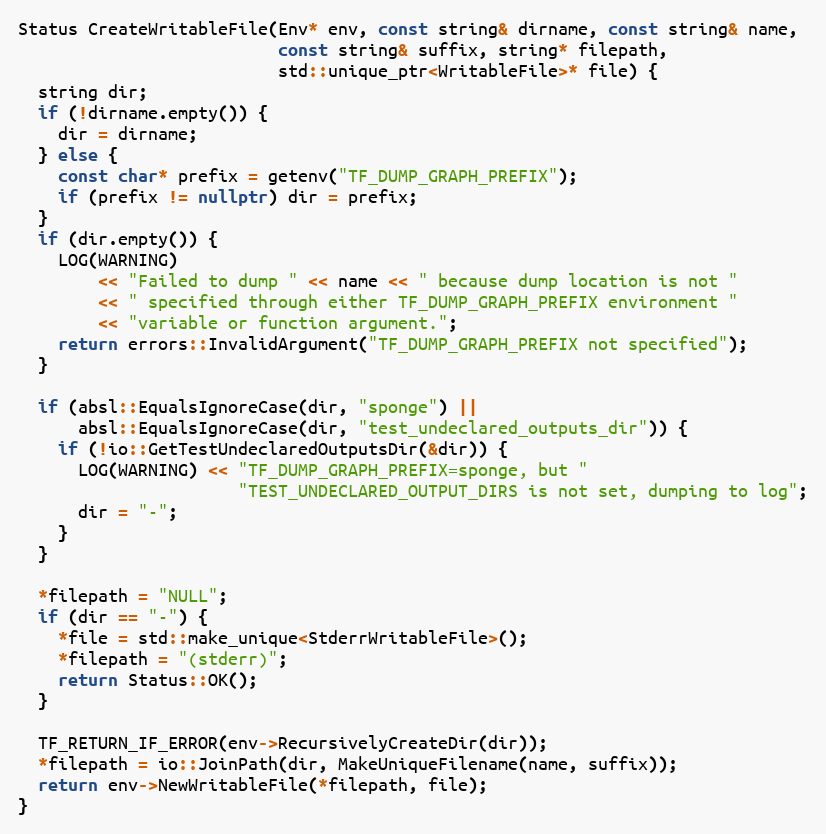
Language: C++
Status CreateWritableFile(Env* env, const string& dirname, const string& name,
                          const string& suffix, string* filepath,
                          std::unique_ptr<WritableFile>* file) {
  string dir;
  if (!dirname.empty()) {
    dir = dirname;
  } else {
    const char* prefix = getenv("TF_DUMP_GRAPH_PREFIX");
    if (prefix != nullptr) dir = prefix;
  }
  if (dir.empty()) {
    LOG(WARNING)
        << "Failed to dump " << name << " because dump location is not "
        << " specified through either TF_DUMP_GRAPH_PREFIX environment "
        << "variable or function argument.";
    return errors::InvalidArgument("TF_DUMP_GRAPH_PREFIX not specified");
  }

  if (absl::EqualsIgnoreCase(dir, "sponge") ||
      absl::EqualsIgnoreCase(dir, "test_undeclared_outputs_dir")) {
    if (!io::GetTestUndeclaredOutputsDir(&dir)) {
      LOG(WARNING) << "TF_DUMP_GRAPH_PREFIX=sponge, but "
                      "TEST_UNDECLARED_OUTPUT_DIRS is not set, dumping to log";
      dir = "-";
    }
  }

  *filepath = "NULL";
  if (dir == "-") {
    *file = std::make_unique<StderrWritableFile>();
    *filepath = "(stderr)";
    return Status::OK();
  }

  TF_RETURN_IF_ERROR(env->RecursivelyCreateDir(dir));
  *filepath = io::JoinPath(dir, MakeUniqueFilename(name, suffix));
  return env->NewWritableFile(*filepath, file);
}